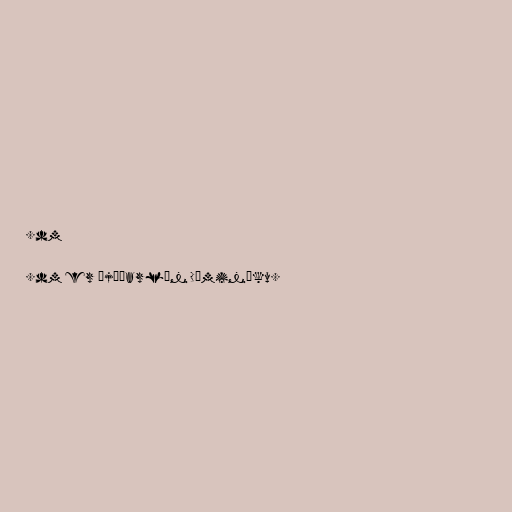
.dm

.dm er þjóðarlén Dóminíku.